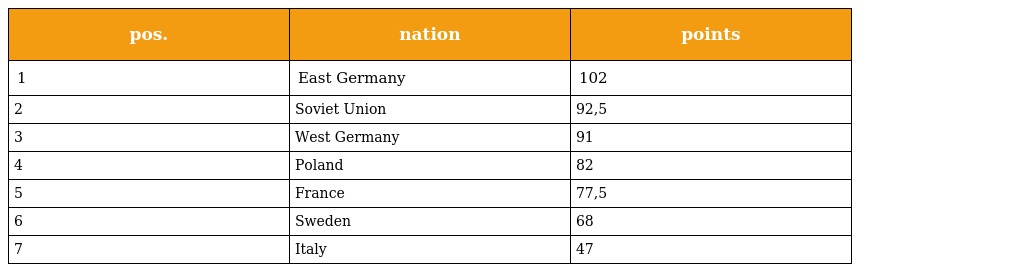
| pos. | nation | points |
 | --- | --- | --- |
 | 1 | East Germany | 102 |
 | 2 | Soviet Union | 92,5 |
 | 3 | West Germany | 91 |
 | 4 | Poland | 82 |
 | 5 | France | 77,5 |
 | 6 | Sweden | 68 |
 | 7 | Italy | 47 |